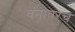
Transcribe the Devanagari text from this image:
वनावरच